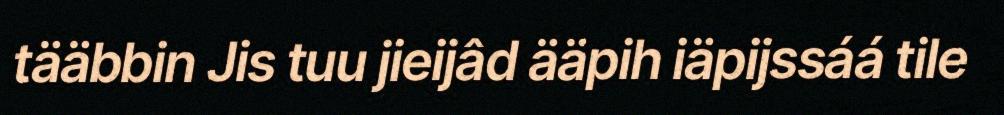
tääbbin Jis tuu jieijâd ääpih iäpijssáá tile